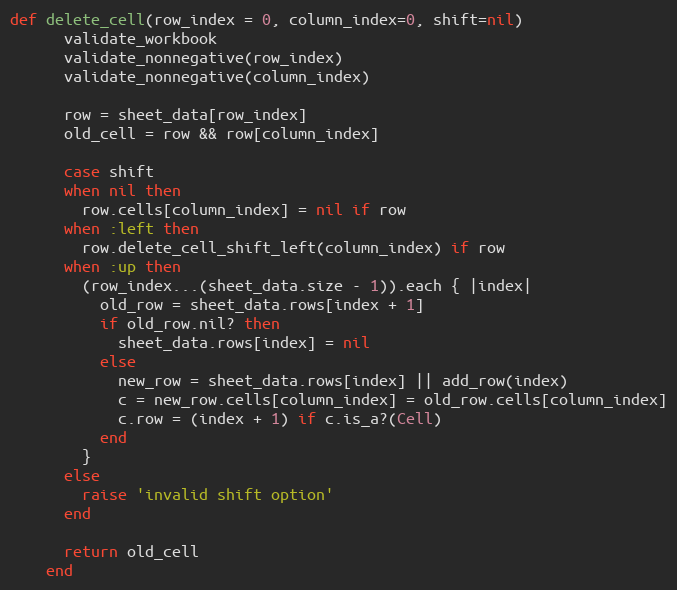
Language: Ruby
def delete_cell(row_index = 0, column_index=0, shift=nil)
      validate_workbook
      validate_nonnegative(row_index)
      validate_nonnegative(column_index)

      row = sheet_data[row_index]
      old_cell = row && row[column_index]

      case shift
      when nil then
        row.cells[column_index] = nil if row
      when :left then
        row.delete_cell_shift_left(column_index) if row
      when :up then
        (row_index...(sheet_data.size - 1)).each { |index|
          old_row = sheet_data.rows[index + 1]
          if old_row.nil? then
            sheet_data.rows[index] = nil
          else
            new_row = sheet_data.rows[index] || add_row(index)
            c = new_row.cells[column_index] = old_row.cells[column_index]
            c.row = (index + 1) if c.is_a?(Cell)
          end
        }
      else
        raise 'invalid shift option'
      end

      return old_cell
    end